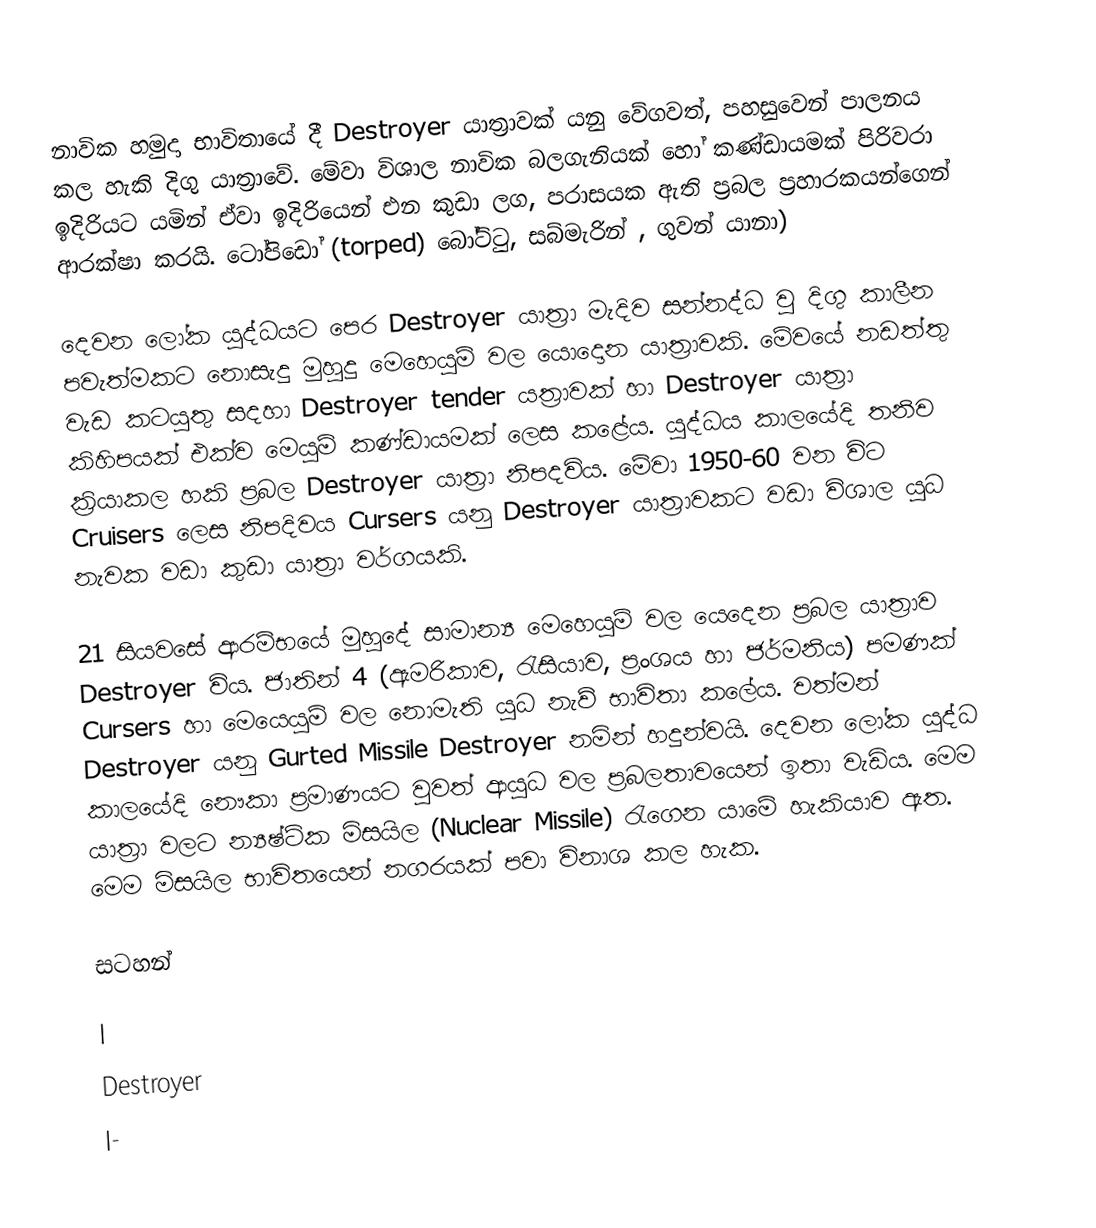
නාවික හමුදා භාවිතායේ දී Destroyer යාත්‍රාවක් යනු වේගවත්, පහසුවෙන් පාලනය කල හැකි දිගු යාත්‍රාවේ. මේවා විශාල නාවික බලගැනියක් හෝ කණ්ඩායමක් පිරිවරා ඉදිරියට යමින් ඒවා ඉදිරියෙන් එන කුඩා ලග, පරාසයක ඇති ප්‍රබල ප්‍රහාරකයන්ගෙන් ආරක්ෂා කරයි. ටෝපිඩෝ (torped) බෝට්ටු, සබ්මැරින් , ගුවන් යානා)

දෙවන ලෝක යුද්ධයට පෙර Destroyer යාත්‍රා මැදිව සන්නද්ධ වු දිගු කාලීන පවැත්මකට නොසැදු මුහුදු මෙහෙයුම් වල යොදොන යාත්‍රාවකි. මේවයේ නඩත්තු වැඩ කටයුතු සදහා Destroyer tender යත්‍රාවක් හා Destroyer  යාත්‍රා කිහිපයක් එක්ව මෙයුම් කණ්ඩායමක් ලෙස කළේය. යුද්ධය කාලයේදි තනිව ක්‍රියාකල හකි ප්‍රබල Destroyer  යාත්‍රා නිපදවිය. මේවා 1950-60 වන විට Cruisers ලෙස නිපදිවය Cursers  යනු Destroyer යාත්‍රාවකට වඩා විශාල යුධ නැවක වඩා කුඩා යාත්‍රා වර්ගයකි.

21 සියවසේ ආරම්භයේ මුහුදේ සාමාන්‍ය මෙහෙයුම් වල යෙදෙන ප්‍රබල යාත්‍රාව Destroyer විය. ජාතින් 4 (ඇමරිකාව, රැසියාව, ප්‍රංශය හා ජර්මනිය) පමණක් Cursers හා මෙයෙයුම් වල නොමැති යුධ නැව් භාවිතා කලේය. වත්මන් Destroyer යනු Gurted Missile Destroyer නමින් හදුන්වයි. දෙවන ලෝක යුද්ධ කාලයේදි නෞකා ප්‍රමාණයට වුවත් ආයුධ වල ප්‍රබලතාවයෙන් ඉතා වැඩිය. මෙම යාත්‍රා වලට න්‍යෂ්ටික මිසයිල (Nuclear Missile) රැගෙන යාමේ හැකියාව ඇත. මෙම මිසයිල භාවිතයෙන් නගරයක් පවා විනාශ කල හැක.

සටහන්

|
Destroyer
|-